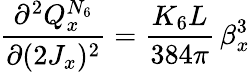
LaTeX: \frac{\partial^{2}Q_{x}^{N_{6}}}{\partial(2J_{x})^{2}}=\frac{K_{6}L}{384\pi}\, \beta_{x}^{3}